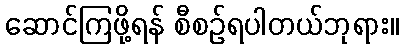
ဆောင်ကြဖို့ရန် စီစဉ်ရပါတယ်ဘုရား။